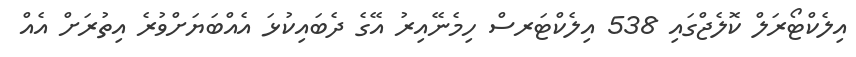
އިލެކްޓޯރަލް ކޮލެޖްގައި 538 އިލެކްޓަރސް ހިމެނޭއިރު އޭގެ ދެބައިކުޅަ އެއްބަޔަށްވުރެ އިތުރަށް އެއް